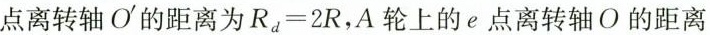
点离转轴O^{\prime}的距离为$$R _ { d } = 2 R$$，A 轮上的 e 点离转轴 O 的距离